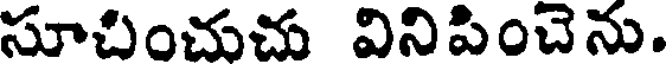
సూచించుచు వినిపించెను.